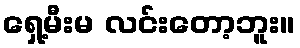
ရှေ့မီးမ လင်းတော့ဘူး။